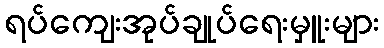
ရပ်ကျေးအုပ်ချုပ်ရေးမှူးများ